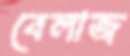
বেলাজ